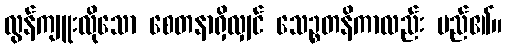
လွန်ကျူးလိုသော စေတနာရှိလျှင် သေဉ္စတနိကာလည်း မည်၏။